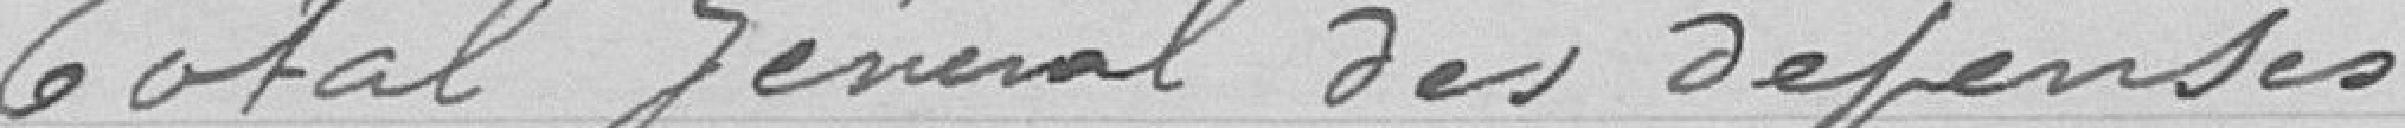
Total des dépenses       1.714632.93